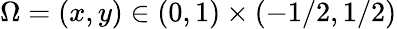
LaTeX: \Omega=(x,y)\in(0,1)\times(-1/2,1/2)